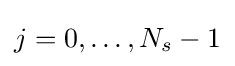
j=0,\ldots ,N_{s}-1